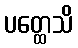
ပတ္ထေသိ